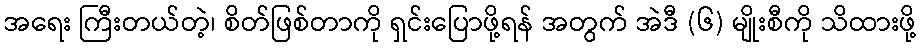
အရေး ကြီးတယ်တဲ့၊ စိတ်ဖြစ်တာကို ရှင်းပြောဖို့ရန် အတွက် အဲဒီ (၆) မျိုးစီကို သိထားဖို့